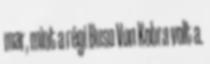
mar, mint a régi Buso Von Kobra volt a.